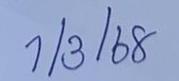
1/3/68